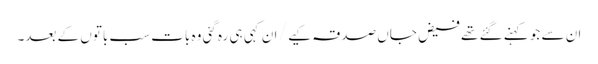
ان سے جو کہنے گئے تھے فیض جاں صدقہ کیے / ان کہی ہی رہ گئی وہ بات سب باتوں کے بعد۔